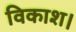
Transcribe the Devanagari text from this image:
विकाश।